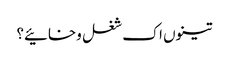
تینوں اک شغل وخائیے؟